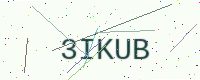
Text: 3IKUB